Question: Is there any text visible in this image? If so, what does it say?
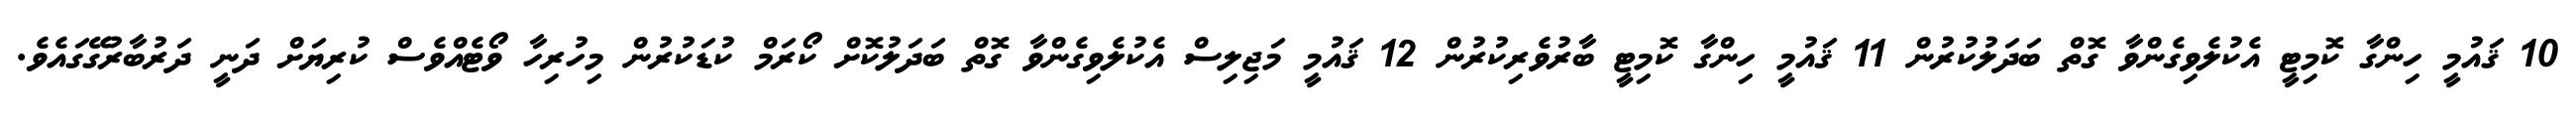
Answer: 10 ޤައުމީ ހިންގާ ކޮމިޓީ އެކުލެވިގެންވާ ގޮތް ބަދަލުކުރުން 11 ޤައުމީ ހިންގާ ކޮމިޓީ ބާރުވެރިކުރުން 12 ޤައުމީ މަޖިލިސް އެކުލެވިގެންވާ ގޮތް ބަދަލުކޮށް ކޯރަމް ކުޑަކުރުން މިހުރިހާ ވޯޓެއްވެސް ކުރިޔަށް ދަނީ ދަރުބާރުގޭގައެވެ.